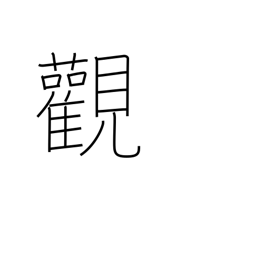
Meaning: outlook